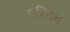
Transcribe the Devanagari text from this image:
तय्यिब